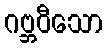
ဂဗ္ဘဝီသော